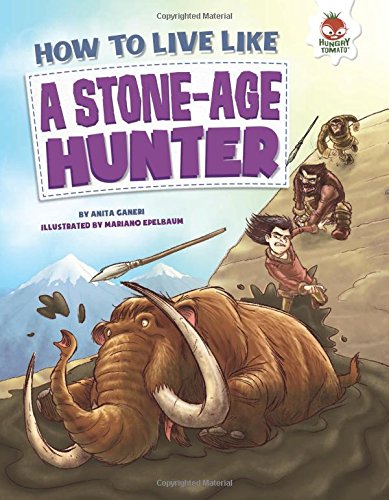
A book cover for How to Live Like a Stone-Age Hunter; Anita Ganeri; Children's Books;